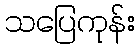
သပြေကုန်း